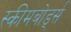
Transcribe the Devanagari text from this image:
स्कीमबोर्ड्स